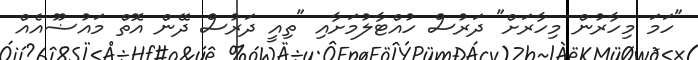
"ހަމަ މިހާރުން މިހާރަށް" ދަރުސް ހުއްޓާލުމަށާއި "ތިއީ ދަރުސް ދޭން އޮތް މައުޟޫއެއް